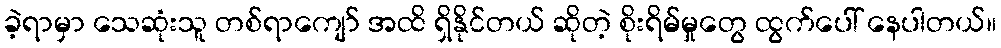
ခဲ့ရာမှာ သေဆုံးသူ တစ်ရာကျော် အထိ ရှိနိုင်တယ် ဆိုတဲ့ စိုးရိမ်မှုတွေ ထွက်ပေါ် နေပါတယ်။